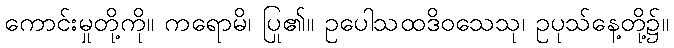
ကောင်းမှုတို့ကို။ ကရောမိ၊ ပြု၏။ ဥပေါသထဒိဝသေသု၊ ဥပုသ်နေ့တို့၌။